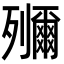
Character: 鿞